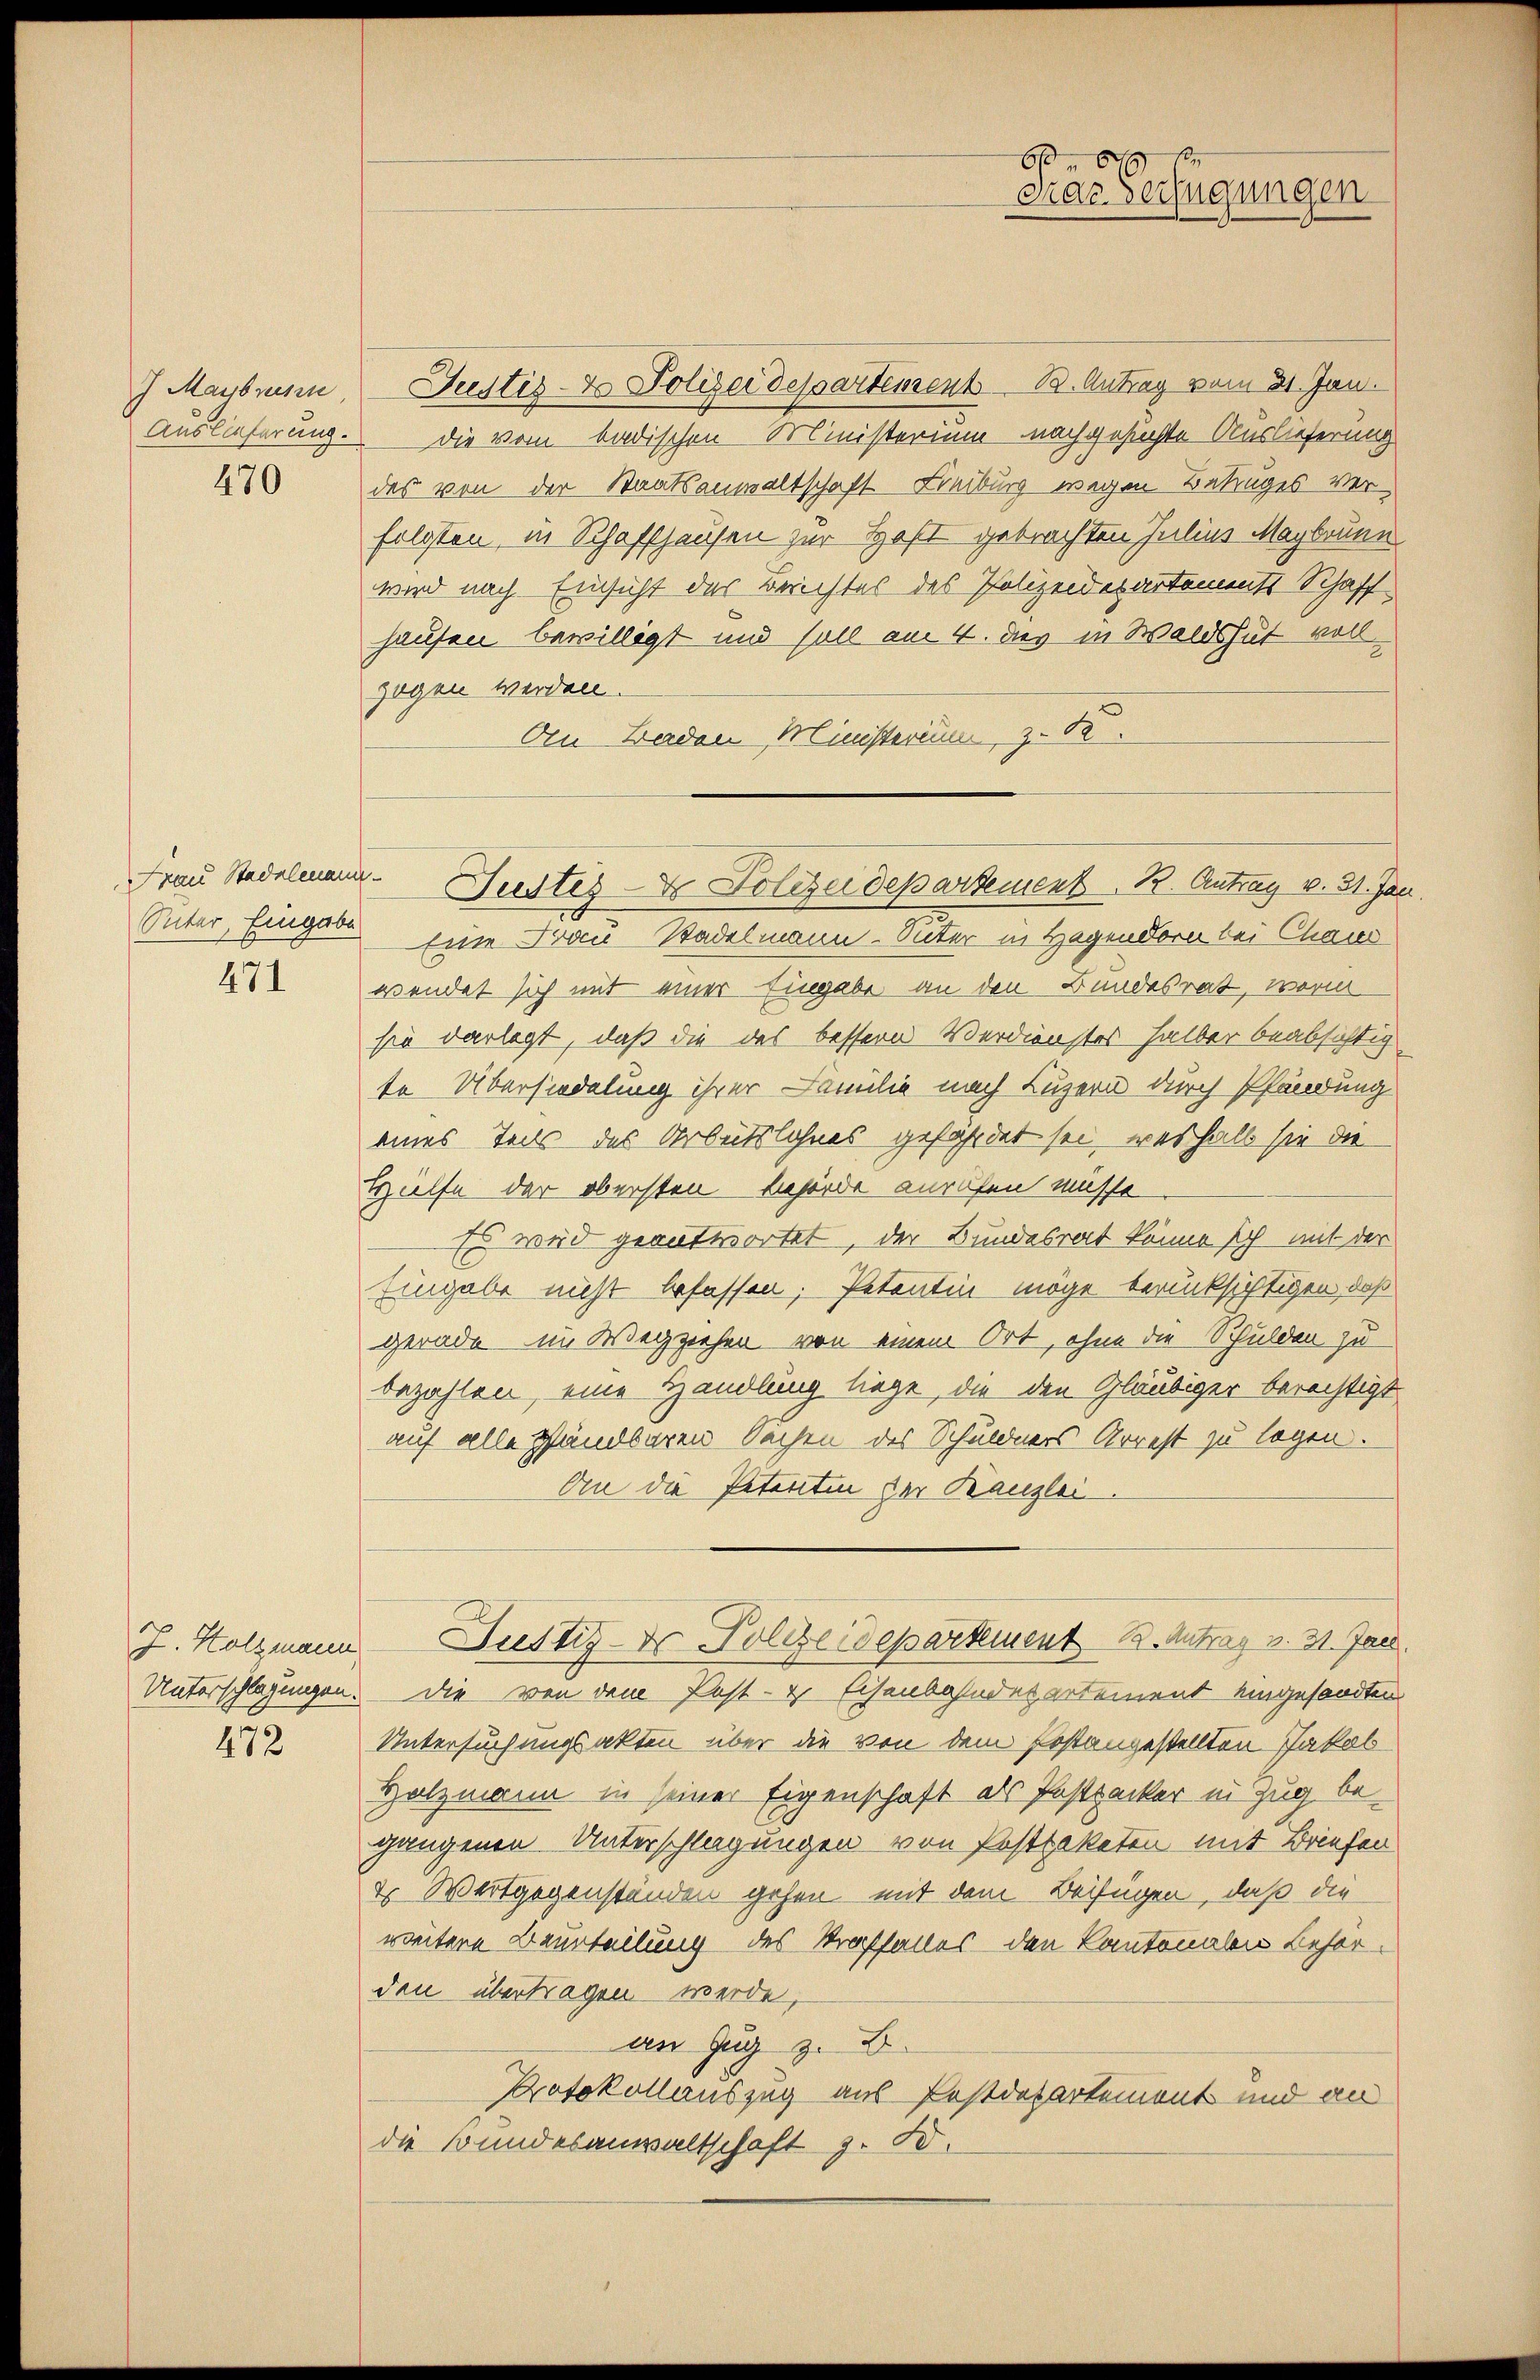
J Maybrusen,
Auslieferung.

470

Suter, Eingabe

471

J. Holzmann
Unterschlagungen.

472

6.
Das Verfügungen

Justiz- & Polizei despartement B. Antrag vom 21. Jan.
die vom badischen Ministerium nachgesuchte Auslieferung
des von der Staatsanwaltschaft Freiburg wegen Betruges verfolgten, in Schaffhausen zur Haft gebrachten Julius Magbrunn
wird nach Einsicht des Berichtes des Polizeidesartements Schaff
hausen bewilligt und soll am 4. dies in Waldshut voll
zogen werden.
An Baden Ministerium, z. B.
Eine Frau Stadelmann-Siter in Hagendorn bei Chau
wendet sich mit einer Eingabe an den Bundesrat, worin
sie darlegt, daß die das bessern Verdienstes halber beabsichtig
te Übersiedelung ihrer Familie nach Luzern durch Pfändung
eines Teils des Arbeitslohnes gefährdet sei, weshalb sie die
Hülfe der obersten behörde anrufen müsse
Es wird geantwortet, der Bundesrat könne sich mit der
Eingabe nicht befassen, Petentin möge berücksichtigen, daß
gerade im Wegziehen von einem Ort, ohne die Schulden zu
bezahlen, eine Handlung liege, die den Gläubiger berechtigt
auf alle Handbaren Sachen des Schuldners Arrest zu legen.
An die Petentin der Kanzlei.
Justiz- der Polizeidepartement 13. Antrag v. 31. Jan.
die von dem Post- & Eisenbahndepartement eingesandten
Untersuchungsakten über die von dem Postangestellten Jakob
Holzmann in seiner Eigenschaft als Postrucker in Zug begangenen Unterschlagungen von Postpaketen mit Briefen
2. Wertgegenständen gehen mit dem Beifügen, daß die
weitere Beurteilung des Straffalles den Kantonalen Behörden übertragen werde,
an Zug z. B.
Protokollauszug aus Postdepartement und an
die Bundesanwaltschaft z. B.

Frau Stadelmann Geistes- & Polizeidepartement       Antrag v. 31. Jan